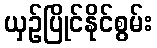
ယှဉ်ပြိုင်နိုင်စွမ်း